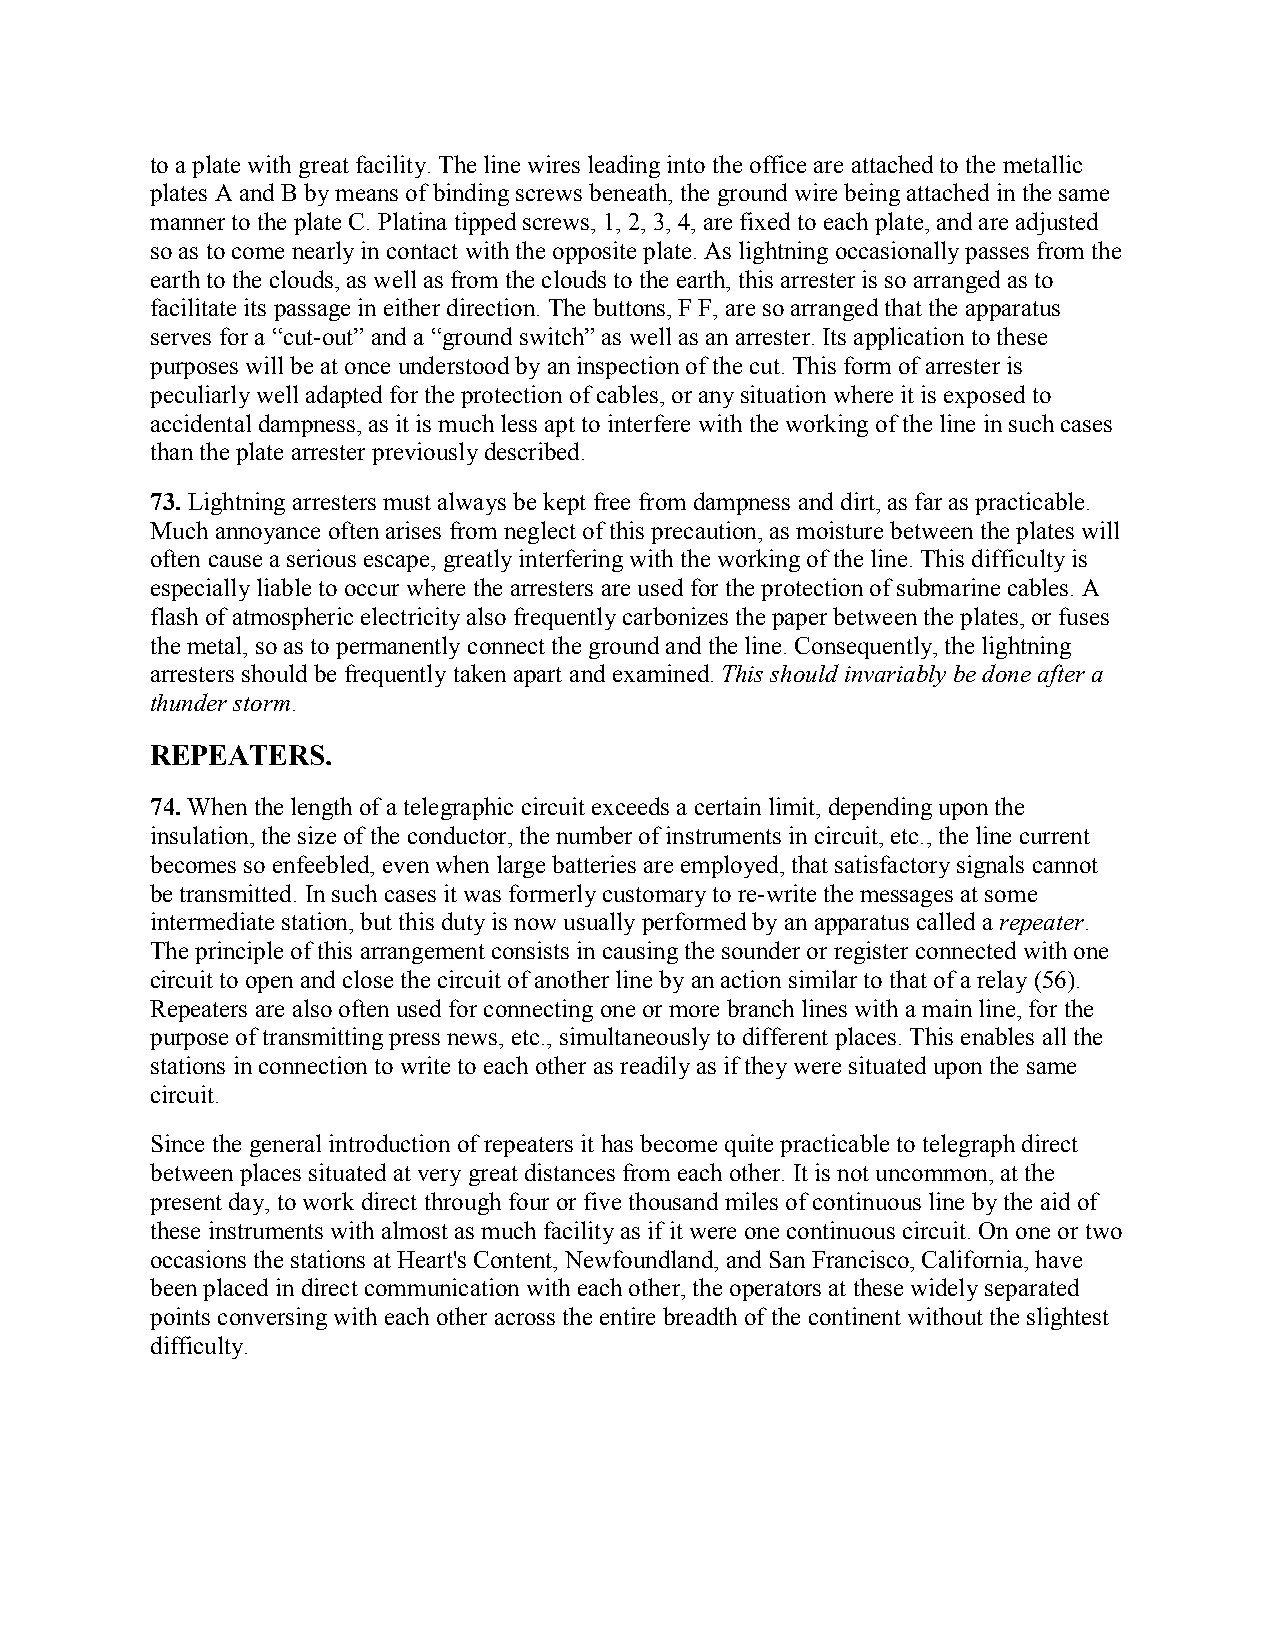
to a plate with great facility. The line wires leading into the office are attached to the metallic
 plates A and B by means of binding screws beneath, the ground wire being attached in the same
 manner to the plate C. Platina tipped screws, 1, 2, 3, 4, are fixed to each plate, and are adjusted
 so as to come nearly in contact with the opposite plate. As lightning occasionally passes from the
 earth to the clouds, as well as from the clouds to the earth, this arrester is so arranged as to
 facilitate its passage in either direction. The buttons, F F, are so arranged that the apparatus
 serves for a “cut-out” and a “ground switch” as well as an arrester. Its application to these
 purposes will be at once understood by an inspection of the cut. This form of arrester is
 peculiarly well adapted for the protection of cables, or any situation where it is exposed to
 accidental dampness, as it is much less apt to interfere with the working of the line in such cases
 than the plate arrester previously described.
 73. Lightning arresters must always be kept free from dampness and dirt, as far as practicable.
 Much annoyance often arises from neglect of this precaution, as moisture between the plates will
 often cause a serious escape, greatly interfering with the working of the line. This difficulty is
 especially liable to occur where the arresters are used for the protection of submarine cables. A
 flash of atmospheric electricity also frequently carbonizes the paper between the plates, or fuses
 the metal, so as to permanently connect the ground and the line. Consequently, the lightning
 arresters should be frequently taken apart and examined. This should invariably be done after a
 thunder storm.
 REPEATERS.
 74. When the length of a telegraphic circuit exceeds a certain limit, depending upon the
 insulation, the size of the conductor, the number of instruments in circuit, etc., the line current
 becomes so enfeebled, even when large batteries are employed, that satisfactory signals cannot
 be transmitted. In such cases it was formerly customary to re-write the messages at some
 intermediate station, but this duty is now usually performed by an apparatus called a repeater.
 The principle of this arrangement consists in causing the sounder or register connected with one
 circuit to open and close the circuit of another line by an action similar to that of a relay (56).
 Repeaters are also often used for connecting one or more branch lines with a main line, for the
 purpose of transmitting press news, etc., simultaneously to different places. This enables all the
 stations in connection to write to each other as readily as if they were situated upon the same
 circuit.
 Since the general introduction of repeaters it has become quite practicable to telegraph direct
 between places situated at very great distances from each other. It is not uncommon, at the
 present day, to work direct through four or five thousand miles of continuous line by the aid of
 these instruments with almost as much facility as if it were one continuous circuit. On one or two
 occasions the stations at Heart's Content, Newfoundland, and San Francisco, California, have
 been placed in direct communication with each other, the operators at these widely separated
 points conversing with each other across the entire breadth of the continent without the slightest
 difficulty.